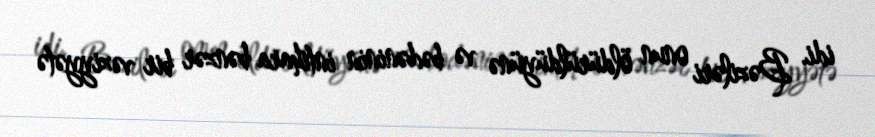
idi. Bəziləri onun öldürüldüyünə və bədəninin intihara bənzər bir vəziyyətə